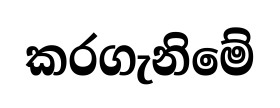
කරගැනිමේ